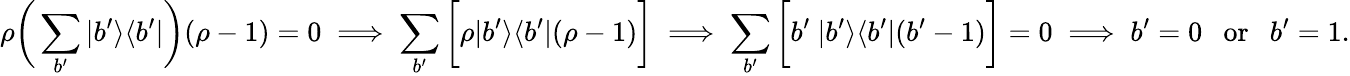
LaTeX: \rho\bigg(\sum_{b^{\prime}}|b^{\prime}\rangle\langle b^{\prime}|\bigg)(\rho-1)=0\implies\sum_{b^{\prime}}\bigg[\rho|b^{\prime}\rangle\langle b^{\prime}|(\rho-1)\bigg]\implies\sum_{b^{\prime}}\bigg[b^{\prime}\ |b^{\prime}\rangle\langle b^{\prime}|(b^{\prime}-1)\bigg]=0\implies b^{\prime}=0~~~\mathrm{or}~~~b^{\prime}=1.